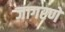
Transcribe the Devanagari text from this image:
जागरणे